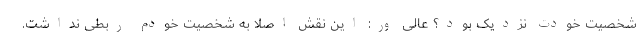
شخصیت خودت نزدیک بود؟ عالی ور: این نقش اصلا به شخصیت خودم ربطی نداشت.